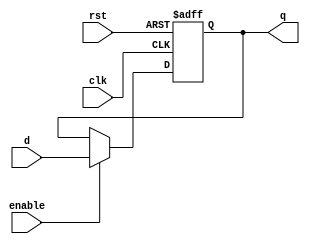
module BarrierRegister (
    input wire clk,
    input wire rst,          // Asynchronous reset
    input wire enable,       // Load signal
    input wire [N-1:0] d,    // Data input
    output reg [N-1:0] q     // Data output
);
    parameter N = 8;         // Width of the data input/output

    // Asynchronous reset and loading data
    always @(posedge clk or posedge rst) begin
        if (rst) begin
            q <= {N{1'b0}};   // Clear the register
        end else if (enable) begin
            q <= d;           // Load the new data
        end
    end
endmodule